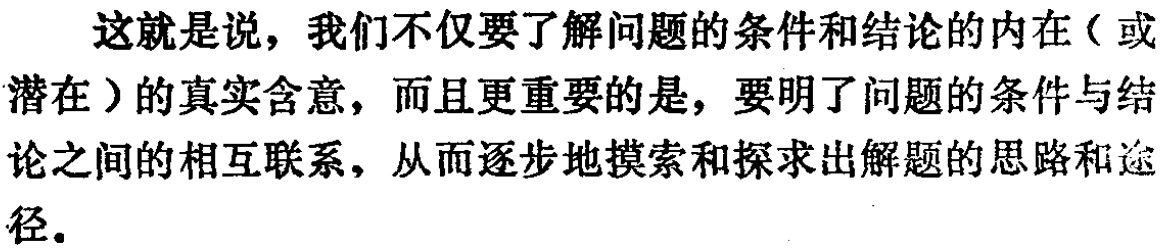
这就是说，我们不仅要了解问题的条件和结论的内在（或潜在）的真实含意，而且更重要的是，要明了问题的条件与结论之间的相互联系，从而逐步地摸索和探求出解题的思路和途径。